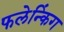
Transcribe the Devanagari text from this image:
फलेन्किंग